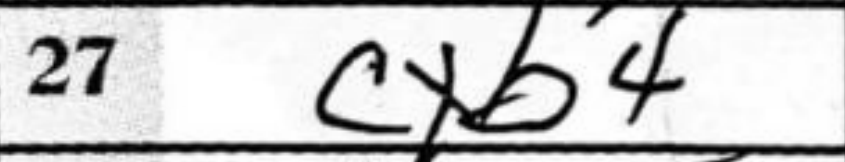
Transcription: cxb4